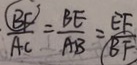
\frac { B F } { A C } = \frac { B E } { A B } = \frac { E F } { B F }